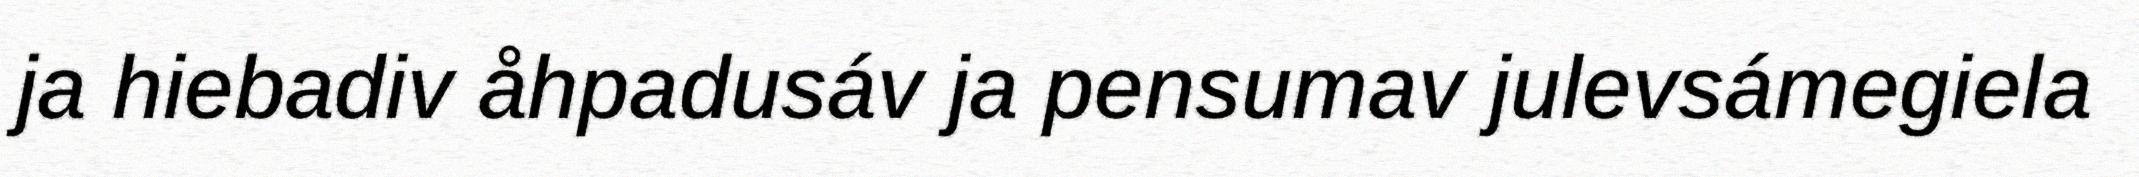
ja hiebadiv åhpadusáv ja pensumav julevsámegiela